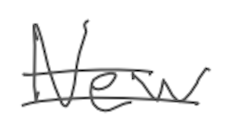
Text: New
Cross-out: double-line
Writing tool: digital_gray